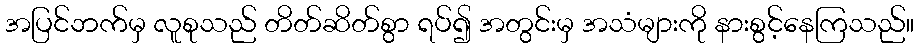
အပြင်ဘက်မှ လူစုသည် တိတ်ဆိတ်စွာ ရပ်၍ အတွင်းမှ အသံများကို နားစွင့်နေကြသည်။